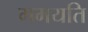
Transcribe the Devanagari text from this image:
गमयति